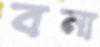
বনা